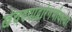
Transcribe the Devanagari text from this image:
खेचण्याद्वारेगर्भावस्था